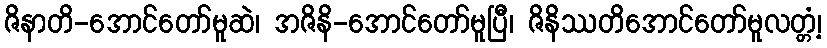
ဇိနာတိ-အောင်တော်မူဆဲ၊ အဇိနိ-အောင်တော်မူပြီ၊ ဇိနိဿတိအောင်တော်မူလတ္တံ့၊